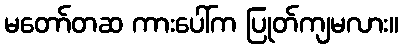
မတော်တဆ ကားပေါ်က ပြုတ်ကျမလား။